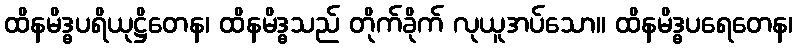
ထိနမိဒ္ဓပရိယုဋ္ဌိတေန၊ ထိနမိဒ္ဓသည် တိုက်ခိုက် လုယူအပ်သော။ ထိနမိဒ္ဓပရေတေန၊